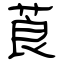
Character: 莨